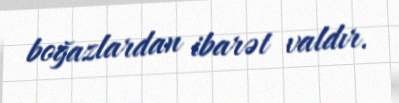
boğazlardan ibarət valdır.